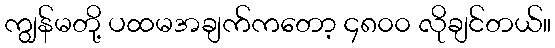
ကျွန်မတို့ ပထမအချက်ကတော့ ၄၈၀၀ လိုချင်တယ်။